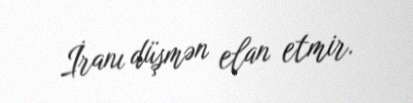
İranı düşmən elan etmir.